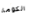
الكومة